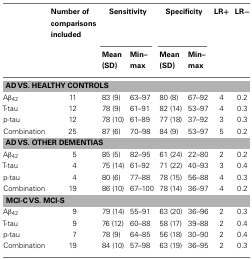
<table><thead><tr><td></td><td><b>Number of comparisons included</b></td><td colspan="2"><b>Sensitivity</b></td><td colspan="2"><b>Specificity</b></td><td><b>LR+</b></td><td><b>LR−</b></td></tr><tr><td></td><td></td><td><b>Mean (SD)</b></td><td><b>Min– max</b></td><td><b>Mean (SD)</b></td><td><b>Min– max</b></td><td></td></tr></thead><tbody><tr><td colspan="8"><b>AD VS. HEALTHY CONTROLS</b></td></tr><tr><td>Aβ<sub>42</sub></td><td>11</td><td>83 (9)</td><td>63–97</td><td>80 (8)</td><td>67–92</td><td>4</td><td>0.2</td></tr><tr><td>T-tau</td><td>12</td><td>78 (9)</td><td>61–91</td><td>82 (14)</td><td>53–97</td><td>4</td><td>0.3</td></tr><tr><td>p-tau</td><td>12</td><td>78 (10)</td><td>61–89</td><td>77 (18)</td><td>37–92</td><td>3</td><td>0.3</td></tr><tr><td>Combination</td><td>25</td><td>87 (6)</td><td>70–98</td><td>84 (9)</td><td>53–97</td><td>5</td><td>0.2</td></tr><tr><td colspan="8"><b>AD VS. OTHER DEMENTIAS</b></td></tr><tr><td>Aβ<sub>42</sub></td><td>5</td><td>85 (5)</td><td>82–95</td><td>61 (24)</td><td>22–80</td><td>2</td><td>0.2</td></tr><tr><td>T-tau</td><td>4</td><td>75 (14)</td><td>61–92</td><td>71 (22)</td><td>40–93</td><td>3</td><td>0.4</td></tr><tr><td>p-tau</td><td>4</td><td>80 (6)</td><td>77–88</td><td>78 (15)</td><td>56–88</td><td>4</td><td>0.3</td></tr><tr><td>Combination</td><td>19</td><td>86 (10)</td><td>67–100</td><td>78 (14)</td><td>36–97</td><td>4</td><td>0.2</td></tr><tr><td colspan="8"><b>MCI-C VS. MCI-S</b></td></tr><tr><td>Aβ<sub>42</sub></td><td>9</td><td>79 (14)</td><td>55–91</td><td>63 (20)</td><td>36–96</td><td>2</td><td>0.3</td></tr><tr><td>T-tau</td><td>9</td><td>76 (12)</td><td>60–88</td><td>58 (17)</td><td>39–88</td><td>2</td><td>0.4</td></tr><tr><td>p-tau</td><td>7</td><td>78 (9)</td><td>64–85</td><td>56 (18)</td><td>30–90</td><td>2</td><td>0.4</td></tr><tr><td>Combination</td><td>19</td><td>84 (10)</td><td>57–98</td><td>63 (19)</td><td>36–95</td><td>2</td><td>0.3</td></tr></tbody></table>